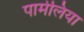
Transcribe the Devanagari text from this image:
पार्मेलिया